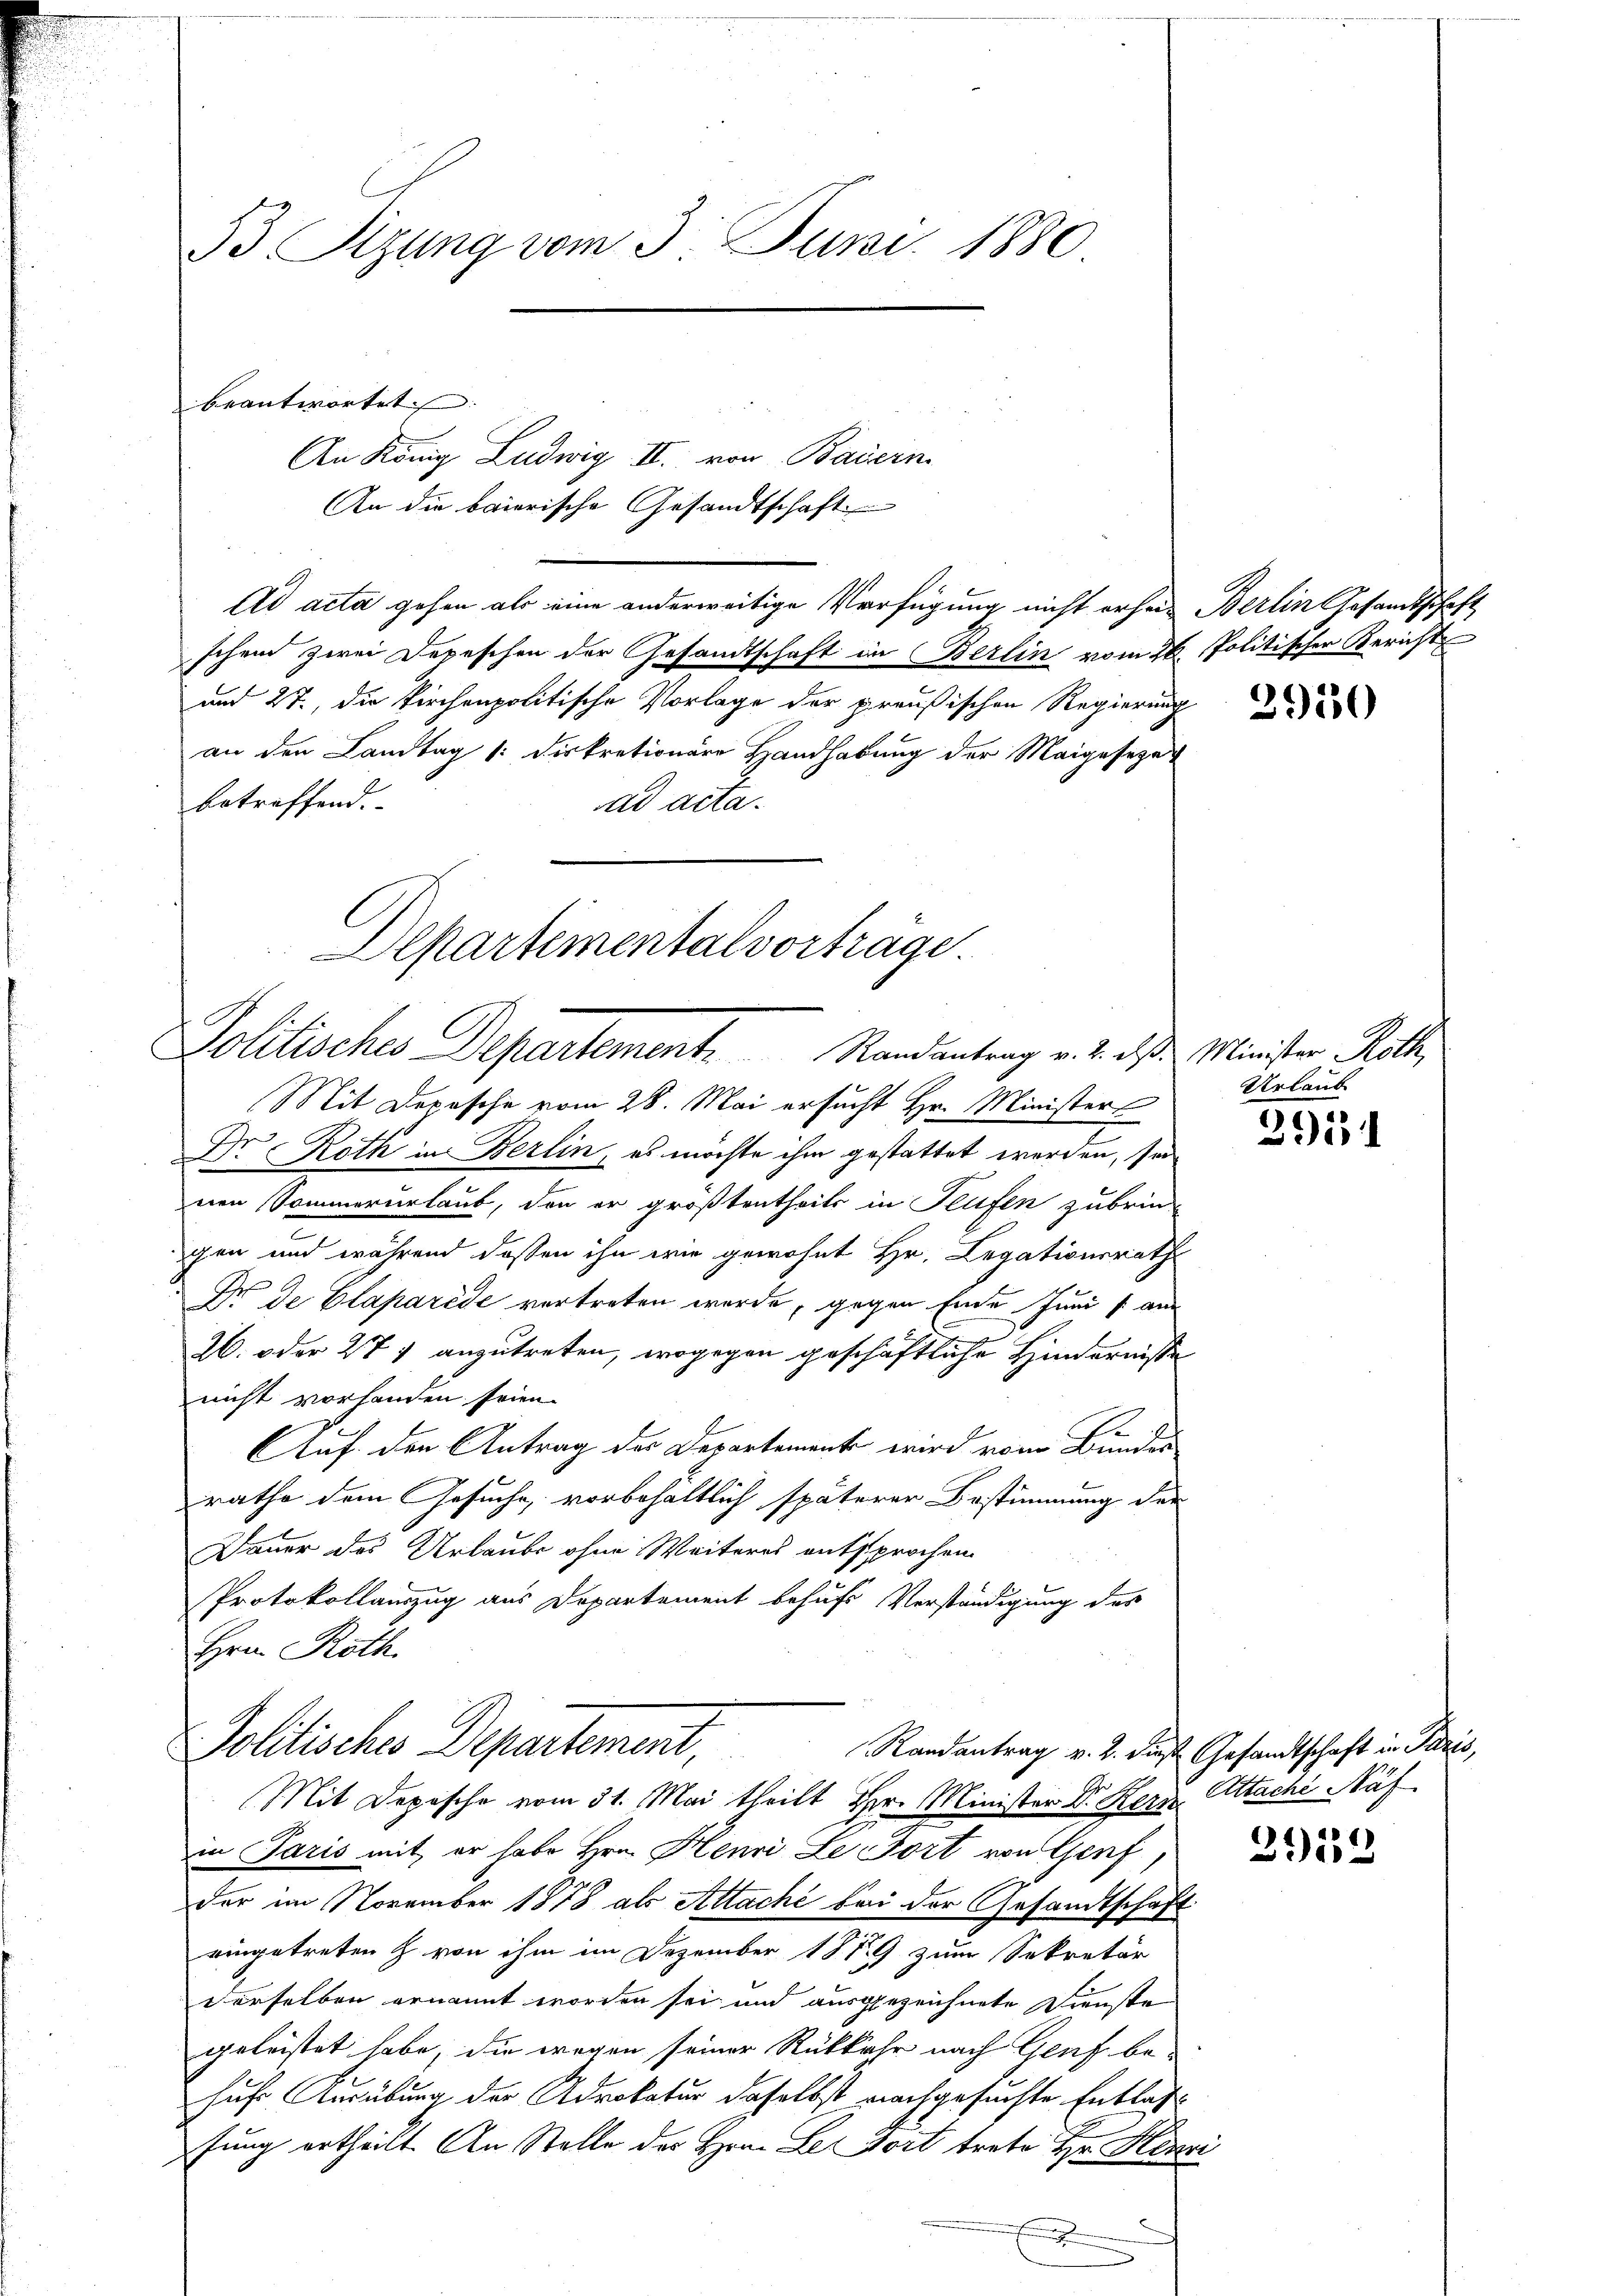
53 Sizung vom 3. Juni 1880

beantwortet. |
An König Ludwig II. von Baiern
An die baierische Gesandtschaft
Ad acta gehen als eine anderweitige Verfügung nicht erheit Berlin Gesandtschaft
schen zwei Depeschen der Gesandtschaft in Berlin vom 26. Politischer Bericht
und 27. die kirchenpolitische Vorlage der preußischen Regierung
an den Landtag 1. Distrationäre Handhabung der Maigesezer
betreffend.
ad acta.

Departementalvorträge.
Politisches Departement. Randantrag v. 2. das Minister Roth,

Mit Depesche vom 28. Mai ersucht Hr. Minister
a
Dr. Roth in Berlin, es möchte ihm gestattet werden, sei
nen Sommerurlaub, den er größtentheils in Teufen zubringen und während dassen ihn wie gewohnt Hr. Legationsrath
Dr. de Claparise vertreten werde, gegen Ende Juni sans
2. oder 277 anzutreten, wogegen geschäftliche Hindernisse
nicht vorhanden seien.
AAuf den Antrag des Departemente wird vom Bundes
rathe dem Gesuche, vorbehältlich späterer Bestimmung der
Dauer des Urlaube ohne Weiteres entsprochen
Protokollauszug aus Departement behufs Verständigung des
Hrn. Roth.

Poldische Departement.

Mit Depesche vom 31. Mai theilt Hr. Minister Dr. Kerz. Attaché Näf
in Paris mit er habe Hrn. Henri Le Fort von Genf,
der im November 1878 als Attaché bei der Gesandtschaft
eingetreten & von ihm im Dezember 1819 zum Sekretär
derselben ernannt worden sei und ausgezeichnete Dienste
geleistet habe, die wegen seiner Rükkehr nach Genf be-
hufs Ausübung der Advokatur daselbst nachgesuchte Entlage
fung ertheilt. An Stelle des Hrn. Le dort trete Hr. Henri
e

3950

Urlaub

2911

21152

Randantrag v. 2. dieß Gesandtschaft in Paris,